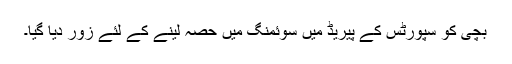
بچی کو سپورٹس کے پیریڈ میں سوئمنگ میں حصہ لینے کے لئے زور دیا گیا۔